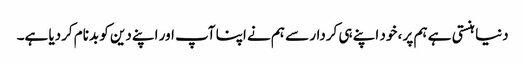
دنیا ہنستی ہے ہم پر ، خود اپنے ہی کردار سے ہم نے اپنا آپ اور اپنے دین کو بدنام کردیا ہے۔